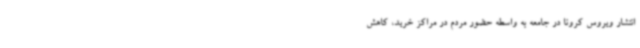
انتشار ویروس کرونا در جامعه به واسطه حضور مردم در مراکز خرید، کاهش